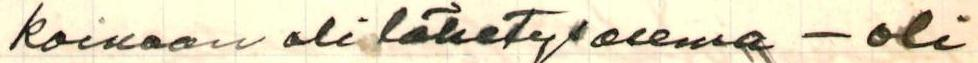
koinaan oli lähetysasema - oli